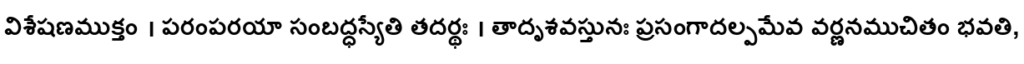
విశేషణముక్తం । పరంపరయా సంబద్ధస్యేతి తదర్థః । తాదృశవస్తునః ప్రసంగాదల్పమేవ వర్ణనముచితం భవతి,